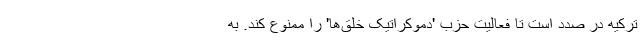
ترکیه در صدد است تا فعالیت حزب 'دموکراتیک خلق‌ها' را ممنوع کند. به